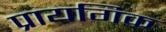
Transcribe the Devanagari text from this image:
प्रायगिक